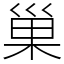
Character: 巢